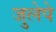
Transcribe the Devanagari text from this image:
जुलेपे